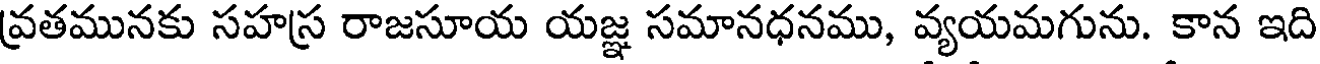
వ్రతమునకు సహస్ర రాజసూయ యజ్ఞ సమానధనము, వ్యయమగును. కాన ఇది